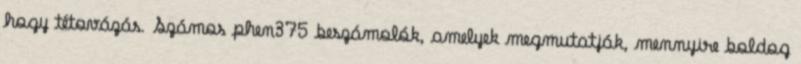
hogy tétovázás. Számos phen375 beszámolók, amelyek megmutatják, mennyire boldog